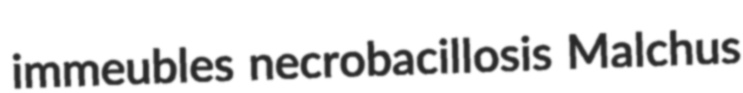
immeubles necrobacillosis Malchus